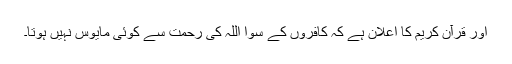
اور قرآن کریم کا اعلان ہے کہ کافروں کے سوا اللہ کی رحمت سے کوئی مایوس نہیں ہوتا۔